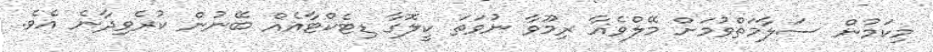
މިކަމުން ސަލާމަތްވުމަށް މޭލްވެއާ ރިމޫވާ ނުވަތަ ކީލޮގާ ޑިޓެކްޓާއެއް ބޭނުން ކުރެވިދާނެ އެވެ.